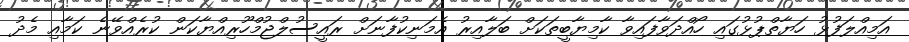
އަމިއްލަފުޅު ހަޔާތްޕުޅުގައި ހޯއްދަވާފައިވާ ކާމިޔާބީތަކަށް ބަލާއިރު އެމަނިކުފާނަށް ރައީސުލްޖުމްހޫރިއްޔާކަން ކުރެއްވޭނެ ކަމާއި މެދު